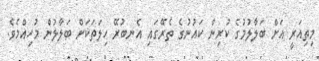
މިތިއަރީ އަށް ބަލާލުމުގެ ކުރިން ކައުނުގެ ތެރޭގައި އެނބުރޭ ހިލަތަކަށް ބަލާލުން މުހިއްމެވެ.